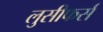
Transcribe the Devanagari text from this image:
लुसीफर्स